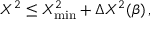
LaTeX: X ^ { 2 } \leq X _ { \mathrm { m i n } } ^ { 2 } + \Delta { X ^ { 2 } } ( \beta ) \, ,